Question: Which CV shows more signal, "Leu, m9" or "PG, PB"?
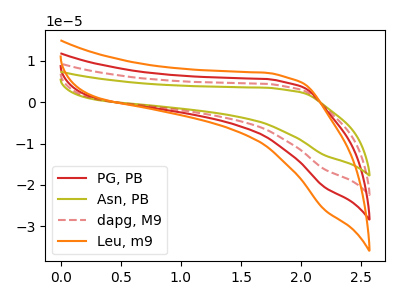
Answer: <think>The red curve "PG, PB" has no peaks. The olive curve "Asn, PB" has no peaks. The red dashed curve "dapg, M9" has no peaks. The orange curve "Leu, m9" has no peaks.
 Neither "Leu, m9" or "PG, PB" have any peaks.</think>
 <answer>I cant tell if "Leu, m9" or "PG, PB" has more signal.</answer>
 <eval>mixed_signal</eval>